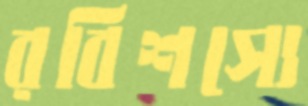
রবিশস্যে